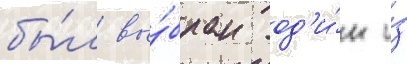
бы́л вы́бран од'и́н и́з